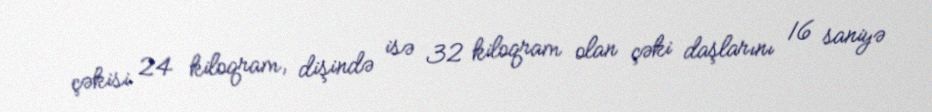
çəkisi 24 kiloqram, dişində isə 32 kiloqram olan çəki daşlarını 16 saniyə